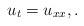
LaTeX: \begin{align*} u_t=u_{xx}, .\end{align*}